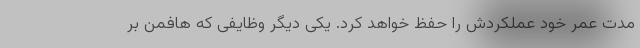
مدت عمر خود عملکردش را حفظ خواهد کرد. یکی دیگر وظایفی که هافمن بر